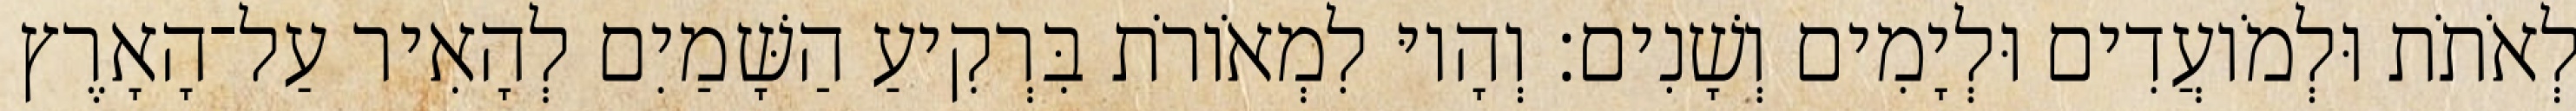
לְאֹתֹת וּלְמֹועֲדִים וּלְיָמִים וְשָׁנִים׃ וְהָיוּ לִמְאֹורֹת בִּרְקִיעַ הַשָּׁמַיִם לְהָאִיר עַל־הָאָרֶץ